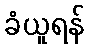
ခံယူရန်